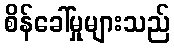
စိန်ခေါ်မှုများသည်